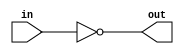
module corebit_not (
  input in,
  output out
);
  assign out = ~in;

endmodule  // corebit_not

module SimpleInverter (
  input  a,
  output  nota
);


  wire  not_inst0__in;
  wire  not_inst0__out;
  corebit_not not_inst0(
    .in(not_inst0__in),
    .out(not_inst0__out)
  );

  assign not_inst0__in = a;

  assign nota = not_inst0__out;


endmodule  // SimpleInverter